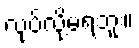
လုပ်လို့မရဘူး။